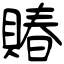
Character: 賰